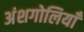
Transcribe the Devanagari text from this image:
अंशगोलियाँ